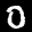
Label: 0